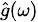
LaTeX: \scriptstyle{\hat{g}}(\omega)